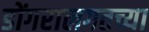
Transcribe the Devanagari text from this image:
डोंगरालगतच्या